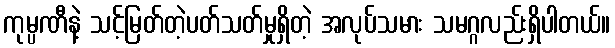
ကုမ္ပဏီနဲ့ သင့်မြတ်တဲ့ပတ်သတ်မှုရှိတဲ့ အလုပ်သမား သမဂ္ဂလည်းရှိပါတယ်။